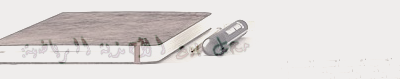
محل بيع الأحذية الرياضية: